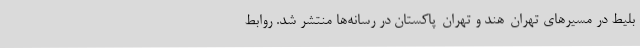
بلیط در مسیرهای تهران-هند و تهران-پاکستان در رسانه‌ها منتشر شد. روابط